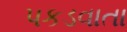
પકડવાતા